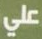
على